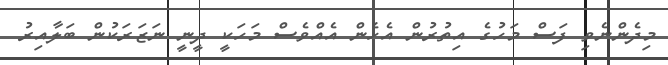
މިދެންނެވި ފަސް މަހުގެ އިތުރުން އެހެން އެއްވެސް މަހަކީ ދީނީ ނަޒަރަކުން ބަލާއިރު